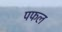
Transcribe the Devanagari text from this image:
पफल